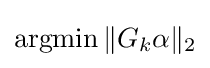
\operatorname {argmin} \|G_{k}\alpha \|_{2}